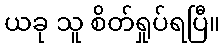
ယခု သူ စိတ်ရှုပ်ရပြီ။